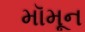
મૉમૂન